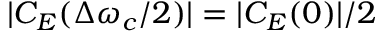
| C _ { E } ( \Delta \omega _ { c } / 2 ) | = | C _ { E } ( 0 ) | / 2